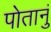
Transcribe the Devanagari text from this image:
पोतानुं